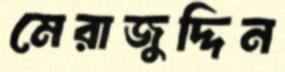
মেরাজুদ্দিন